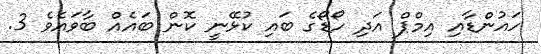
ހައުންޑާއި އިމްޕް އަދި ހޯޑޯގެ ބައި ކުޅޭނީ ކޮން ބައެއް ބާވައެވެ 3.